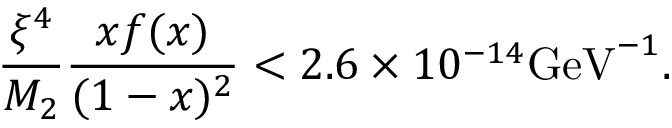
{ \frac { \xi ^ { 4 } } { M _ { 2 } } } { \frac { x f ( x ) } { ( 1 - x ) ^ { 2 } } } < 2 . 6 \times 1 0 ^ { - 1 4 } \mathrm { G e V } ^ { - 1 } .